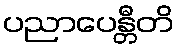
ပညာပေန္တီတိ